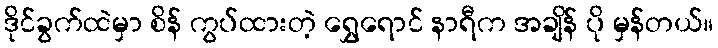
ဒိုင်ခွက်ထဲမှာ စိန် ကွပ်ထားတဲ့ ရွှေရောင် နာရီက အချိန် ပို မှန်တယ်။